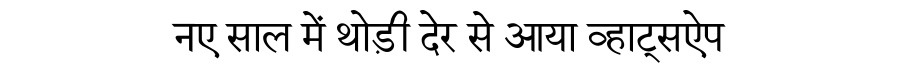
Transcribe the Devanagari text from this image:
नए साल में थोड़ी देर से आया व्हाट्सऐप